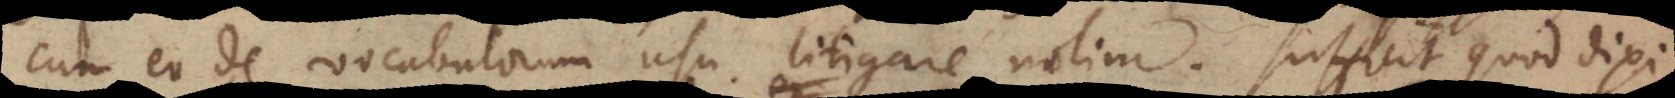
cum eo de vocabulorum usu litigare nolim. Sufficit quod dixi